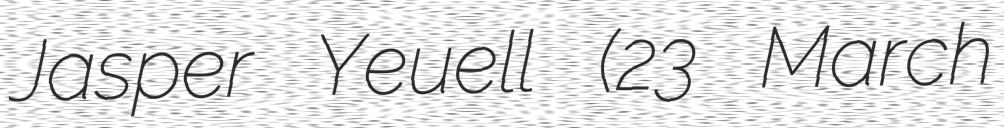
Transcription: Jasper Yeuell (23 March